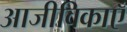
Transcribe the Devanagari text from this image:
आजीविकाएँ